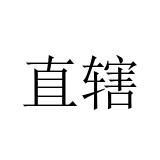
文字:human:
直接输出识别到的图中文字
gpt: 直辖